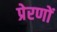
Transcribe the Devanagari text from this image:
प्रेरणों